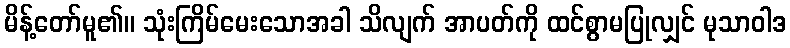
မိန့်တော်မူ၏။ သုံးကြိမ်မေးသောအခါ သိလျက် အာပတ်ကို ထင်စွာမပြုလျှင် မုသာဝါဒ